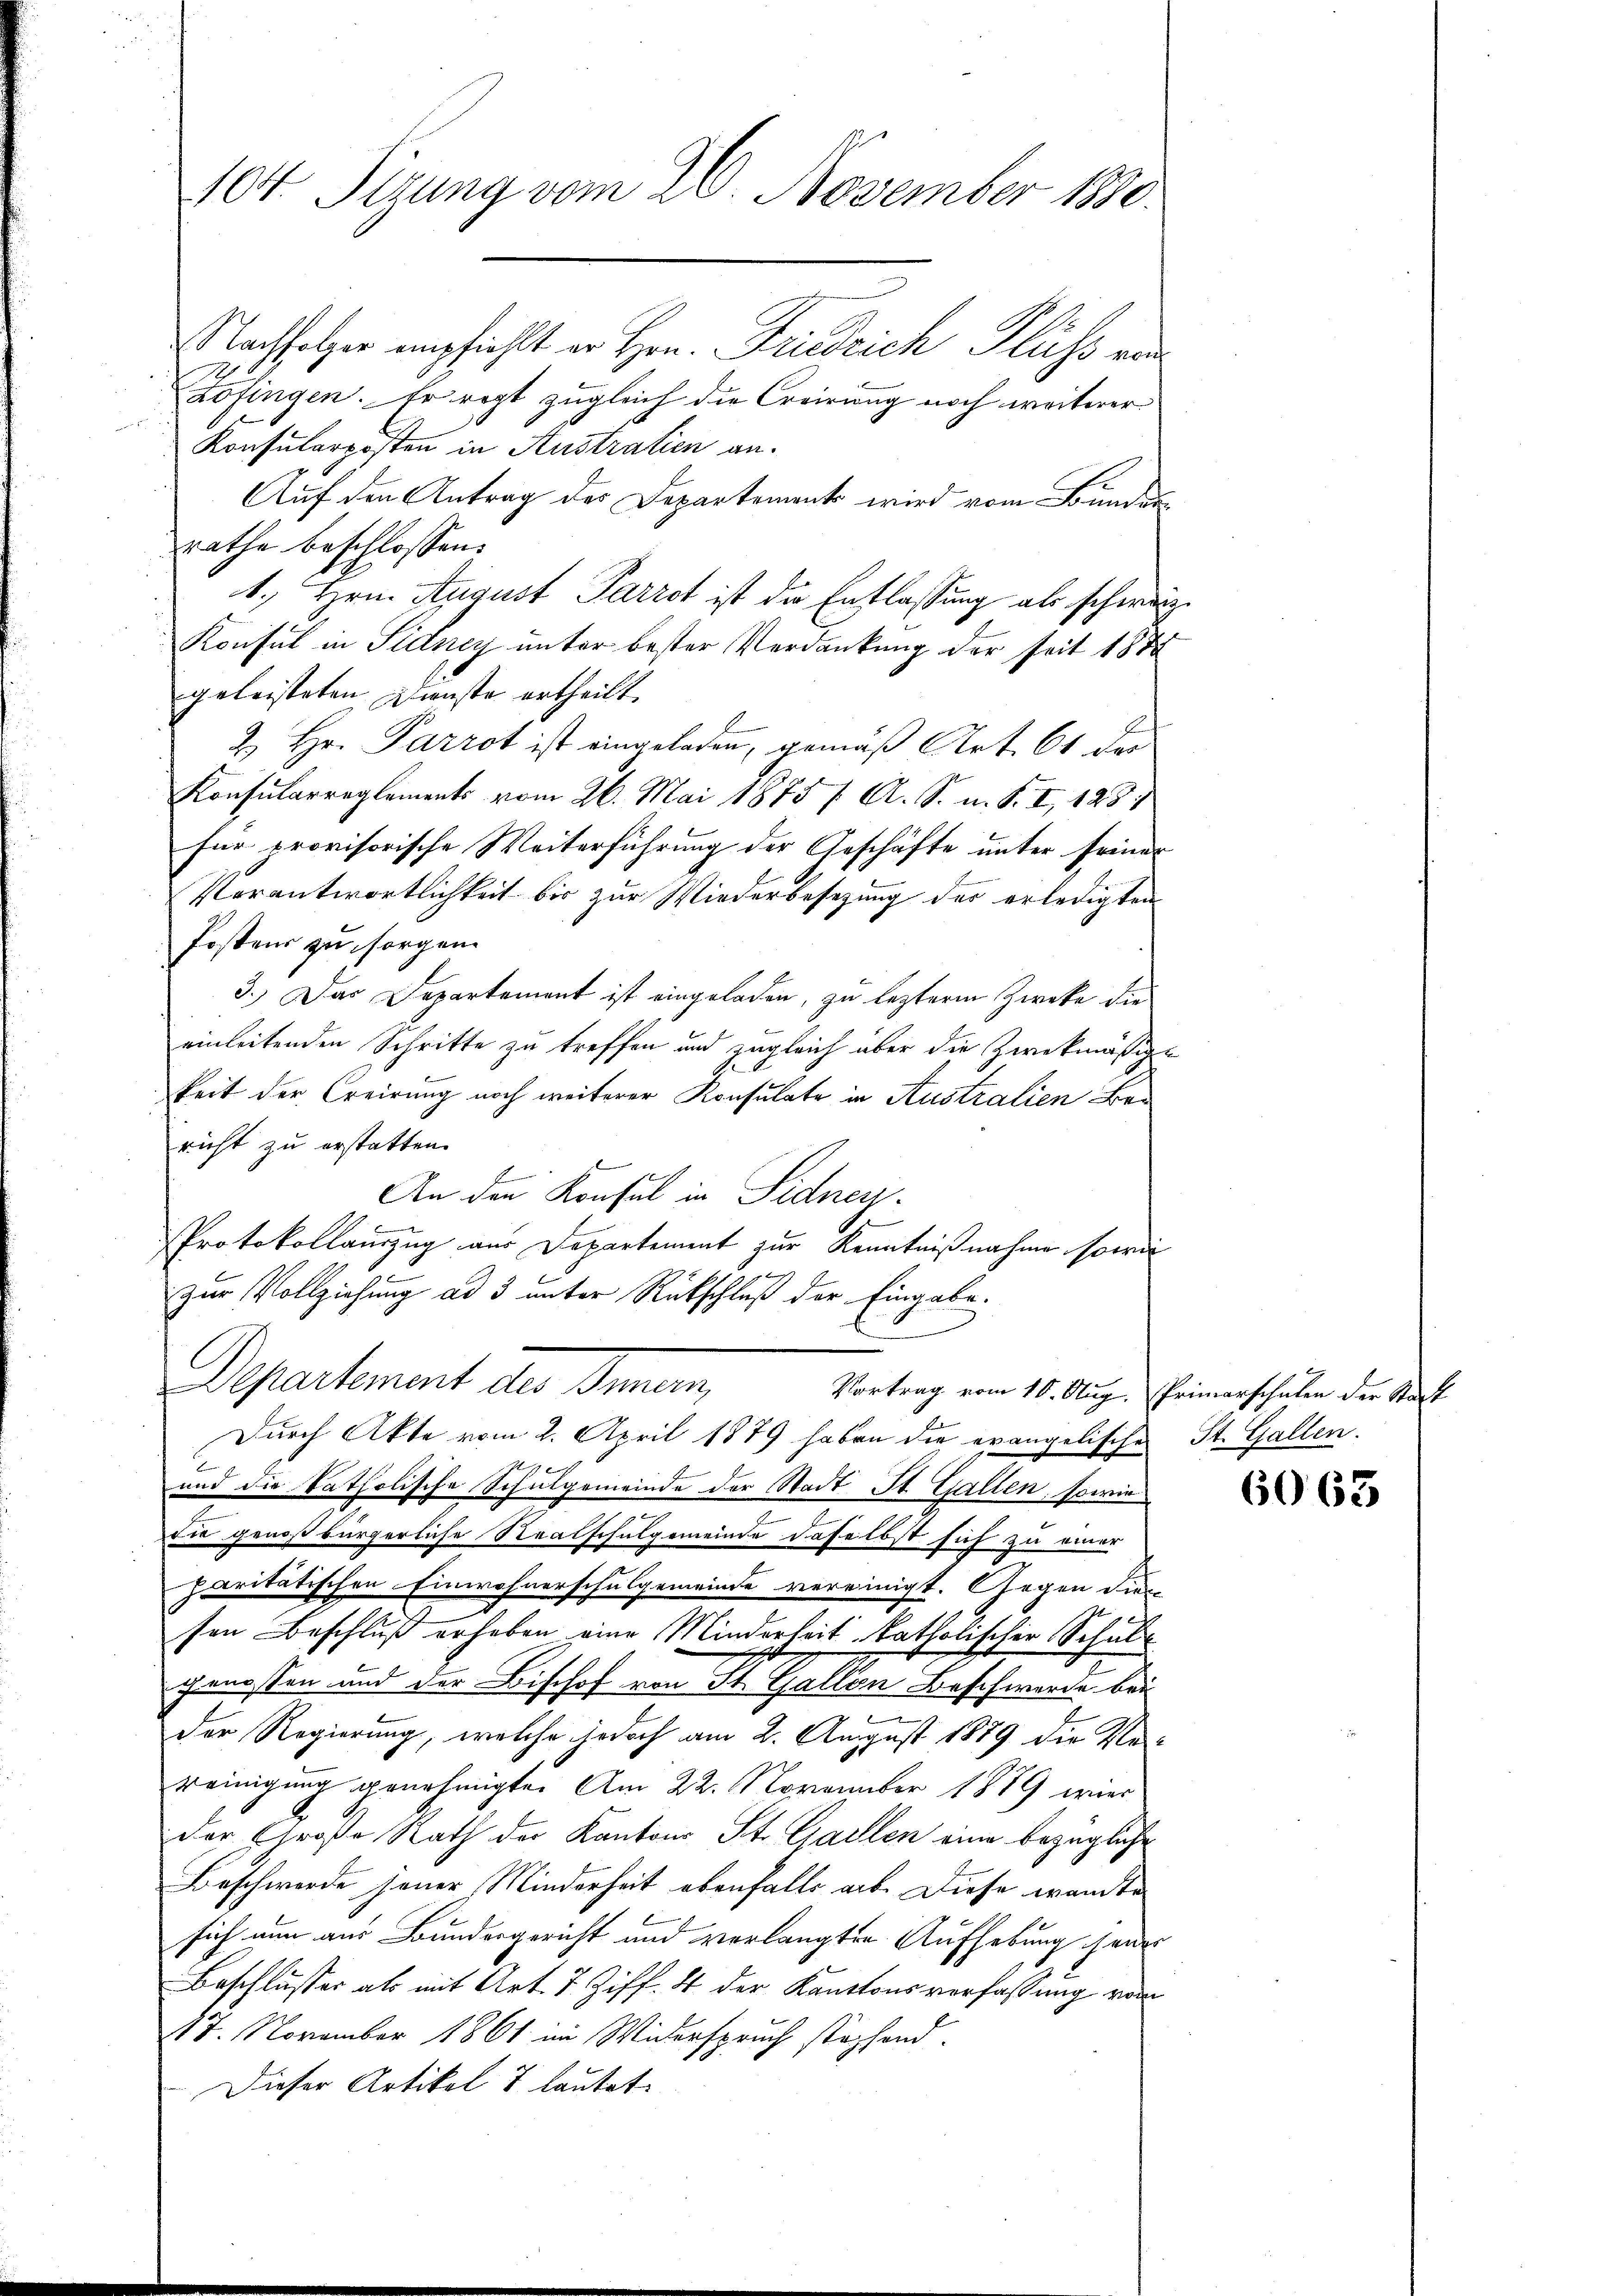
104. Sizung vom 26. November 1880

Nachfolger empfiehlt er Hrn. Friedrich Fluss von
Zofingen. Er regt zugleich die Creirung noch weiterer
Konsularposten in Austratien an.
Auf den Antrag des Departement wird vom Bunder
rathe beschlossen:
1. Hrn. August Parrot ist die Entlassung als schwe¬
Konsul in Sidney unter bester Verdankung der seit 187
geleisteten Dienste ertheilt.
2. Hr. Parrot ist eingeladen, gemäß Art. 61 der
Konsularreglements vom 26. Mai 1875 / A. S. m. S. I, 128
für provisorische Weiterführung der Geschäfte unter seiner
Vorantwortlichkeit bis zur Wiederbesetzung des erledigten
Postens zu sorgen.
3.) Das Departement ist eingeladen, zu lezterem Zwecke die
einleitenden Schritte zu treffen und zugleich aber die Zweckmäßige
keit der Creirung noch weiterer Konsulate in Australien Bericht zu erstatten.
An den Konsul in Sidner.
Protokollauszug aus Departement zur Kenntnißnahme sowie
zur Vollziehung ad 3 unter Rückschluß der Eingabe.
Departement der Semmen,
Vortrag vom 10. Aug. Primarschalen der Stadt
Durch Akte vom 2. April 1879 haben die evangelische
und die katholische Schulgemeinde der Stadt St. Gallen, sowie
die genoßbürgerliche Staatschulgemeinde daselbst sich zu einer
paritätischen Einwohnerschulgemeinde vereinigt. Gegen dies
sen Beschluß erheben eine Minderheit katholischer Schalgenossen und der Bischof von St. Gallen Beschwerde bei
.
9
Der Regierung, welche jedoch am 2. August 1879 die Ver-
reinigung genehmigte. Am 22. November 1889 wied
der Große Rath der Kantons St. Gallen eine bezügliche
Beschwerde jener Minderheit ebenfalls ab. Diese wandte
sich nun aus Bundesgericht und verlangten Aufhebung herr
Beschlusser als mit Art. 7 Ziff. 4 der Kantonsverfassung vom
17. November 1861 im Widerspruch stophend.
Dieser Artikel & lautet. |

2

St. Gallen.

6063